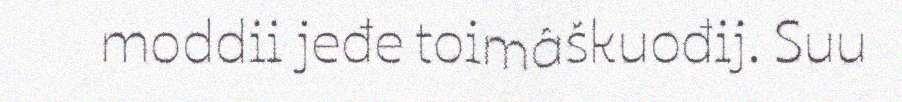
moddii jeđe toimâškuođij. Suu